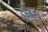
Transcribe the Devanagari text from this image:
डोब्ब्स